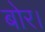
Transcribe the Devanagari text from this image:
बोर।